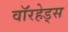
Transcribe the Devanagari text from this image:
वाॅरहेड्स